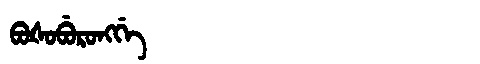
Manchu: ᠪᠣᡧᠣᠪᡠᡵᠣᠩᡤᡝ
Romanization: BOŠOBURONGGE